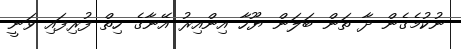
ނުކުމެގެން ދާ ތަން ބަލަން ޔޫހާ އިންއިރު އޭނާގެ ހިތް ފުރިފައި ވަނީ